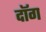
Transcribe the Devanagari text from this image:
दॉग